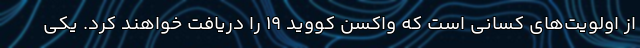
از اولویت‌های کسانی است که واکسن کووید ۱۹ را دریافت خواهند کرد. یکی